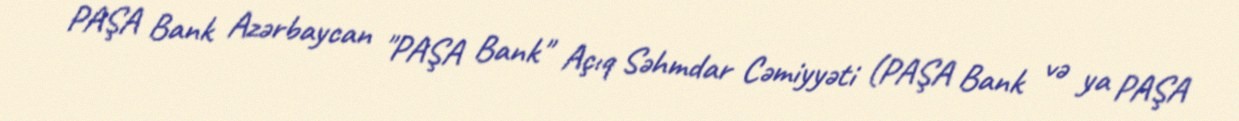
PAŞA Bank Azərbaycan "PAŞA Bank" Açıq Səhmdar Cəmiyyəti (PAŞA Bank və ya PAŞA